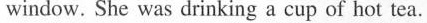
window. She was drinking a cup of hot tea.